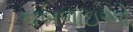
નબળાઇઓ